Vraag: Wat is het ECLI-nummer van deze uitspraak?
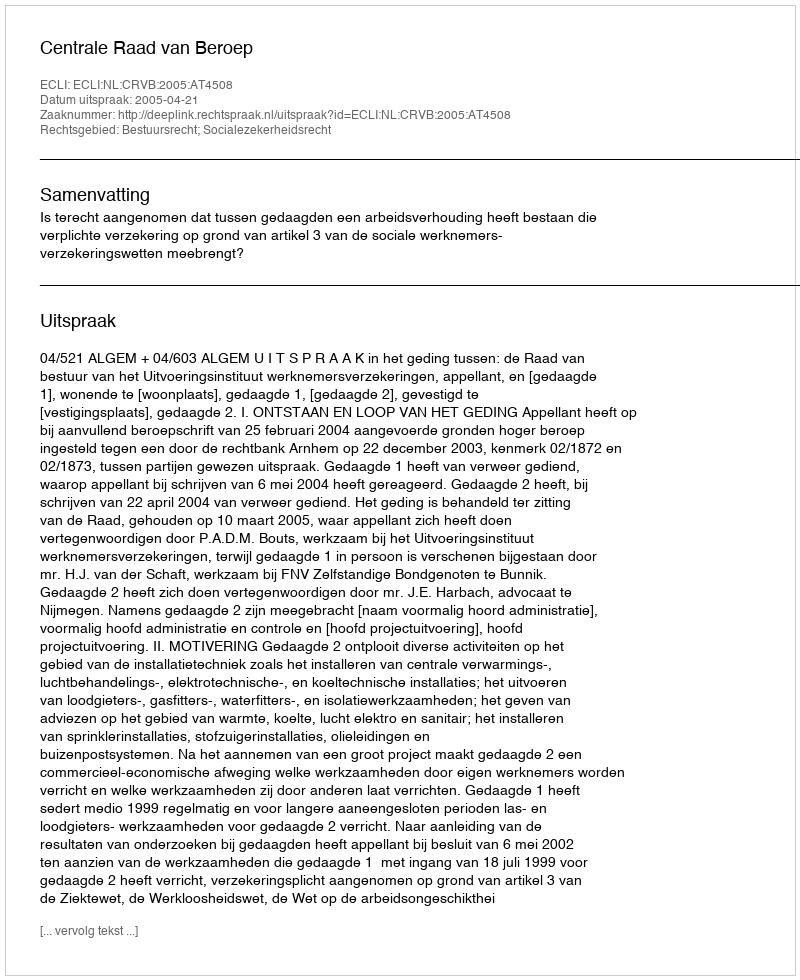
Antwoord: ECLI:NL:CRVB:2005:AT4508